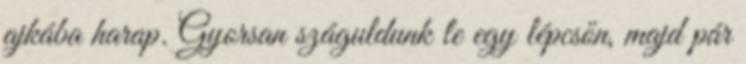
ajkába harap. Gyorsan száguldunk le egy lépcsőn, majd pár